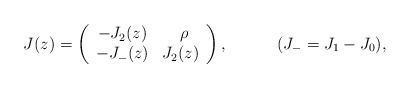
\begin{align*}J(z)= \left( \begin{array}{cr} -J_2(z)& \rho~~\\-J_-(z)& J_2(z) \end{array}\right), ~~~~~~~~~(J_-=J_1-J_0),\end{align*}